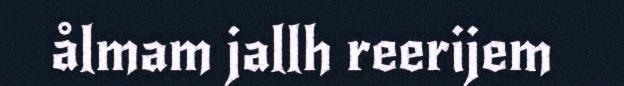
ålmam jallh reerijem